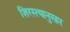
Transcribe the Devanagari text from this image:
शिरस्त्यानुसार